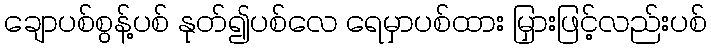
ချောပစ်စွန့်ပစ် နုတ်၍ပစ်လေ ရေမှာပစ်ထား မြှားဖြင့်လည်းပစ်